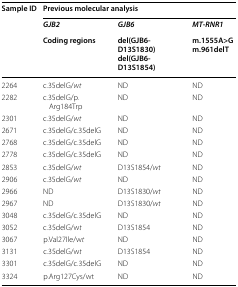
<table><thead><tr><td rowspan="3"><b>Sample ID</b></td><td colspan="3"><b>Previous molecular analysis</b></td></tr><tr><td><b><i>GJB2</i></b></td><td><b><i>GJB6</i></b></td><td><b><i>MT</i>-<i>RNR1</i></b></td></tr><tr><td><b>Coding regions</b></td><td><b>del(GJB6-D13S1830)del(GJB6-D13S1854)</b></td><td><b>m.1555A&gt;Gm.961delT</b></td></tr></thead><tbody><tr><td>2264</td><td>c.35delG/<i>wt</i></td><td>ND</td><td>ND</td></tr><tr><td>2282</td><td>c.35delG/p.Arg184Trp</td><td>ND</td><td>ND</td></tr><tr><td>2301</td><td>c.35delG/<i>wt</i></td><td>ND</td><td>ND</td></tr><tr><td>2671</td><td>c.35delG/c.35delG</td><td>ND</td><td>ND</td></tr><tr><td>2768</td><td>c.35delG/c.35delG</td><td>ND</td><td>ND</td></tr><tr><td>2778</td><td>c.35delG/c.35delG</td><td>ND</td><td>ND</td></tr><tr><td>2853</td><td>c.35delG/<i>wt</i></td><td>D13S1854/<i>wt</i></td><td>ND</td></tr><tr><td>2906</td><td>c.35delG/<i>wt</i></td><td>ND</td><td>ND</td></tr><tr><td>2966</td><td>ND</td><td>D13S1830/<i>wt</i></td><td>ND</td></tr><tr><td>2967</td><td>ND</td><td>D13S1830/<i>wt</i></td><td>ND</td></tr><tr><td>3048</td><td>c.35delG/c.35delG</td><td>ND</td><td>ND</td></tr><tr><td>3052</td><td>c.35delG/w<i>t</i></td><td>D13S1854</td><td>ND</td></tr><tr><td>3067</td><td>p.Val27Ile/w<i>t</i></td><td>ND</td><td>ND</td></tr><tr><td>3131</td><td>c.35delG/w<i>t</i></td><td>D13S1854</td><td>ND</td></tr><tr><td>3301</td><td>c.35delG/c.35delG</td><td>ND</td><td>ND</td></tr><tr><td>3324</td><td>p.Arg127Cys/wt</td><td>ND</td><td>ND</td></tr></tbody></table>